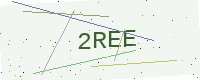
Text: 2REE